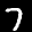
Label: 7